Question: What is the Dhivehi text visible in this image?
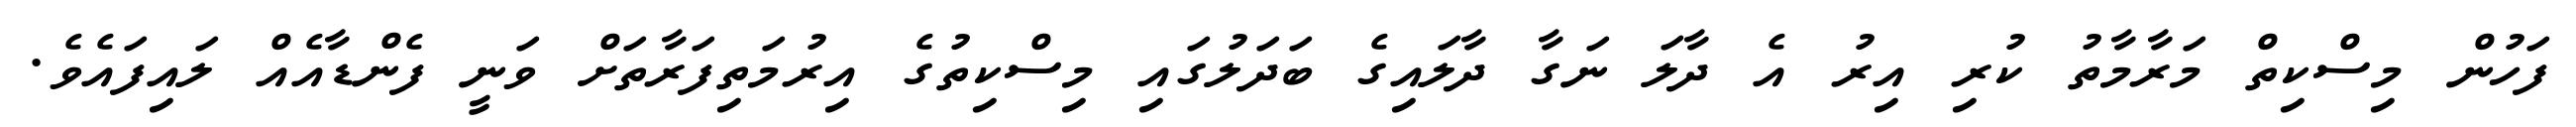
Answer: ފަހުން މިސްކިތް މަރާމާތު ކުރި އިރު އެ ދާލަ ނަގާ ދާލައިގެ ބަދަލުގައި މިސްކިތުގެ އިރުމަތިފަރާތަށް ވަނީ ފެންޑާއެއް ލައިފައެވެ.